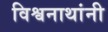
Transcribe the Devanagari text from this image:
विश्वनाथांनी